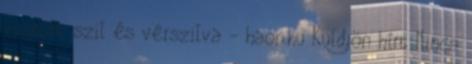
viszont szil és vérszilva - haon.hu Küldjön hírt Nincs